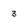
Character: 3